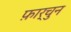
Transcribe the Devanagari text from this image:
फ़ार्चुन